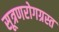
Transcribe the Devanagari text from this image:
सूत्रणरोगग्रस्त